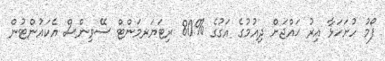
ފޯމު ހުށަހަޅާ އިރު ޙައްޖަށް ދިއުމުގެ އަގުގެ %80 ރިޓަޔަރމަންޓް ސޭވިންސް އެކައުންޓުން